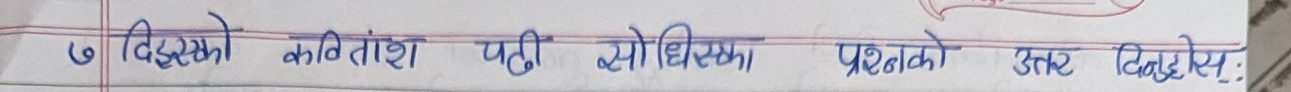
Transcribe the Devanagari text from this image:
६ दिइएको कवितांश पढी सोधिएका प्रश्नको उत्तर दिनुहोस्: